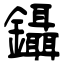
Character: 鑷